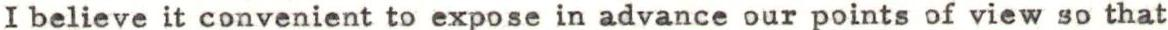
I believe it convenient to expose in advance our points of view so that